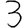
Digit: 3